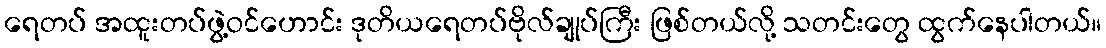
ရေတပ် အထူးတပ်ဖွဲ့ဝင်ဟောင်း ဒုတိယရေတပ်ဗိုလ်ချုပ်ကြီး ဖြစ်တယ်လို့ သတင်းတွေ ထွက်နေပါတယ်။